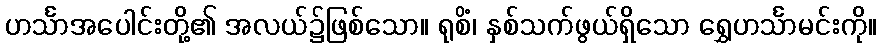
ဟင်္သာအပေါင်းတို့၏ အလယ်၌ဖြစ်သော။ ရုစိံ၊ နှစ်သက်ဖွယ်ရှိသော ရွှေဟင်္သာမင်းကို။